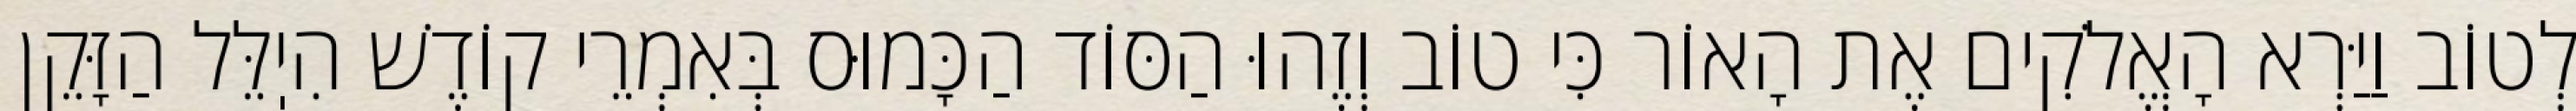
לְטוֹב וַיַּרְא הָאֱלֹקִים אֶת הָאוֹר כִּי טוֹב וְזֶהוּ הַסּוֹד הַכָּמוּס בְּאִמְרֵי קוֹדֶשׁ הִיֽלֵּל הַזָּקֵן